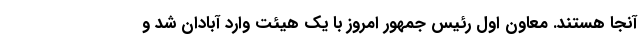
آنجا هستند. معاون اول رئیس جمهور امروز با یک هیئت وارد آبادان شد و